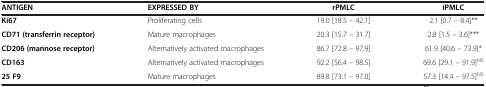
| ANTIGEN | EXPRESSED BY | rPMLC | iPMLC |
 | --- | --- | --- | --- |
 | Ki67 | Proliferating cells | 19.0 [18.5 – 42.1] | 2.1 [0.7 – 8.4]** |
 | CD71 (transferrin receptor) | Mature macrophages | 20.3 [15.7 – 31.7] | 2.8 [1.5 – 3.6]*** |
 | CD206 (mannose receptor) | Alternatively activated macrophages | 86.7 [72.8 – 97.9] | 61.9 [40.6 – 73.9]* |
 | CD163 | Alternatively activated macrophages | 92.2 [56.4 – 98.5] | 69.6 [29.1 – 91.9]NS |
 | 25 F9 | Mature macrophages | 89.8 [73.1 – 97.0] | 57.3 [14.4 – 97.5]NS |